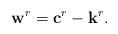
LaTeX: \begin{align*}\mathbf w^r = \mathbf c^r -\mathbf k^r.\end{align*}